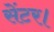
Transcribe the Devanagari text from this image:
सेंटर।